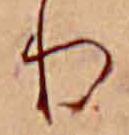
り